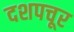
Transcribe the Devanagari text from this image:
दशपचूर